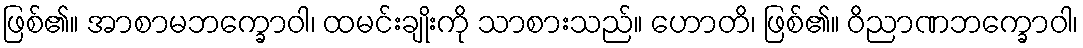
ဖြစ်၏။ အာစာမဘက္ခောဝါ၊ ထမင်းချိုးကို သာစားသည်။ ဟောတိ၊ ဖြစ်၏။ ဝိညာဏဘက္ခောဝါ၊